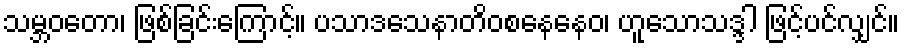
သမ္ဘဝတော၊ ဖြစ်ခြင်းကြောင့်။ ပသာဒသေနာတိဝစနေနေဝ၊ ဟူသောသဒ္ဒါ ဖြင့်ပင်လျှင်။